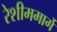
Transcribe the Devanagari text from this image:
रेशीममार्गे